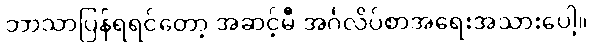
ဘာသာပြန်ရရင်တော့ အဆင့်မီ အင်္ဂလိပ်စာအရေးအသားပေါ့။